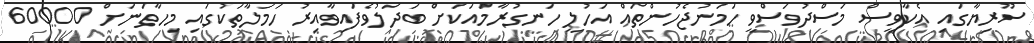
ސޫރިޔާގައި އެކާވީސް މަސްދުވަސްވީ ހަމަނުޖެހުންތައް އަހުލީ ހަނގުރާމައަކަށް ބަދަލުވެފައިވާއިރު ހަމަލާތަކުގައި މިހާތަނަށް 60000